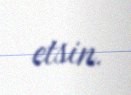
etsin.